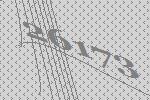
26173